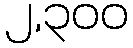
၂,၃၀၀